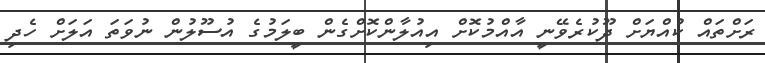
ރަށްތައް ކުއްޔަށް ދޫކުރެވޭނީ އާއްމުކޮށް އިއުލާންކޮށްގެން ބީލަމުގެ އުސޫލުން ނުވަތަ އަލަށް ހެދި